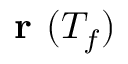
\textbf { r } ( T _ { f } )